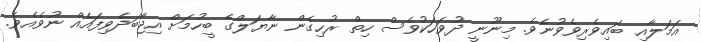
އަމަލާއި ބައިވެރިވެވުނެވެ. މިނޫނީ ދުވަހަކުވެސް ހިތް ރުހިގެން ނާޔަލްގެ ބީހުމަށް އިޖާބަދެވިފައެއް ނުވެއެވެ.